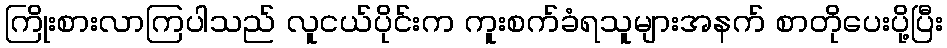
ကြိုးစားလာကြပါသည် လူငယ်ပိုင်းက ကူးစက်ခံရသူများအနက် စာတိုပေးပို့ပြီး